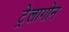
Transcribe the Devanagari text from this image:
ट्रेलागोन